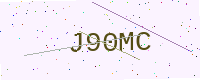
Text: J90MC